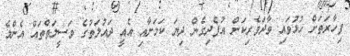
ފިހާރަތަށް ހުޅުވައި ވާދަވެރިކަން އުފެދިގެން ދިޔަ ކަމަށާއި އެއީ ދައުލަތުގެ ވަސީލަތްތައް އެންމެ